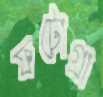
ফটোগ্রা